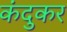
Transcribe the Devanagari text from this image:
कंदुकर